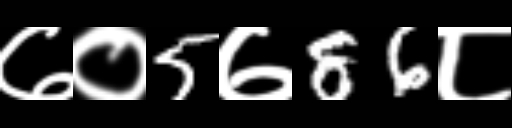
Text: ७०5७86८